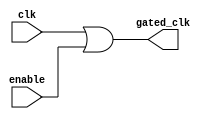
module clock_gating (
    input wire clk,          // Primary clock signal
    input wire enable,       // Enable signal for clock gating
    output wire gated_clk    // Gated clock signal
);

    // Using an OR gate to control the gated clock signal
    assign gated_clk = clk | enable; // Gated clock output

endmodule